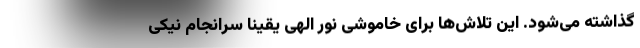
گذاشته می‌شود. این تلاش‌ها برای خاموشی نور الهی یقیناً سرانجام نیکی